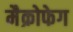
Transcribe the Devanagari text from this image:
मैक्रोफेग